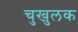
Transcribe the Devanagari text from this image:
चुखुलक